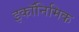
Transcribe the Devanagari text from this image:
इकॉनिमिक